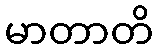
မာတာတိ